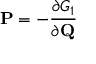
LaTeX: \mathbf { P } = - { \frac { \partial G _ { 1 } } { \partial \mathbf { Q } } }